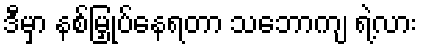
ဒီမှာ နစ်မြှုပ်နေရတာ သဘောကျ ရဲ့လား